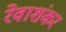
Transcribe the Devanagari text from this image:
रेवाशंकर